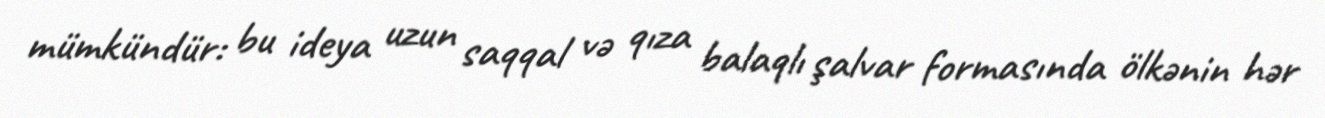
mümkündür: bu ideya uzun saqqal və qıza balaqlı şalvar formasında ölkənin hər